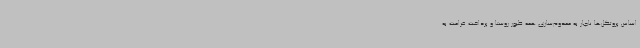
اساس پروتکل‌ها ناچار به معدوم‌سازی همه طیور روستا و پرداخت غرامت به